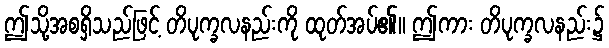
ဤသို့အစရှိသည်ဖြင့် တိပုက္ခလနည်းကို ထုတ်အပ်၏။ ဤကား တိပုက္ခလနည်း၌